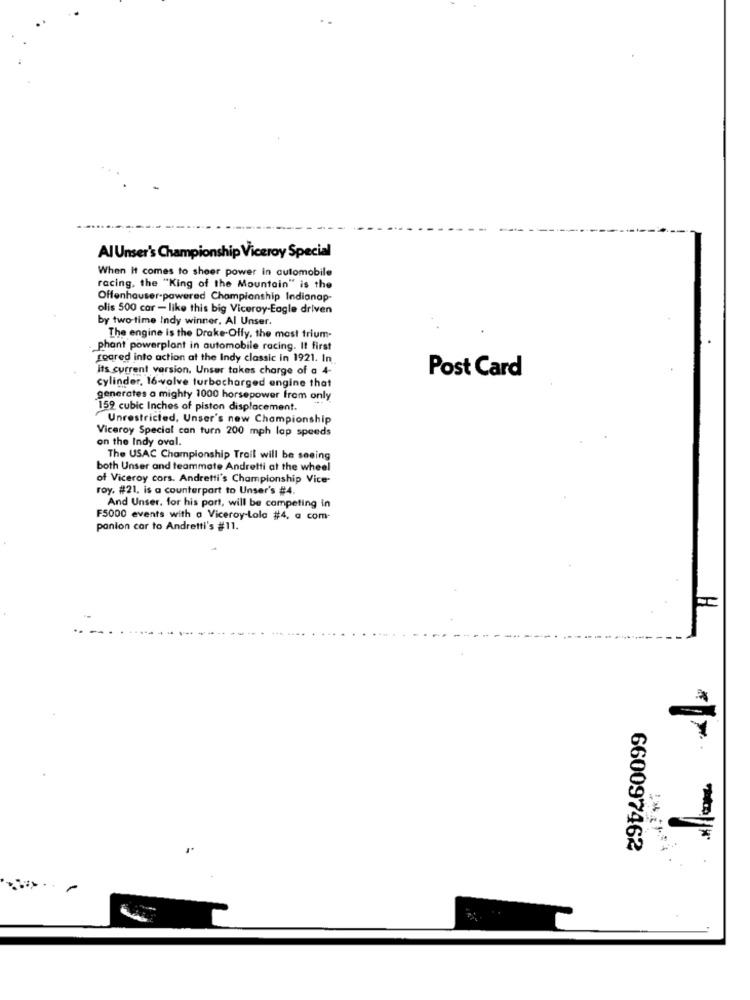
Al Unser's Championship Viceroy Special
When it comes to sheer power in automobile
racing, the "King of the Mountain" is the
Offenhauser-powered Championship Indianap
olis 500 car - like this big Viceroy-Eagle driven
by two-time Indy winner. Al Unser.
The engine is the Drake-Offy, the most trium-
phant powerplant in automobile racing. It first
soared into action at the Indy classic in 1921. In
its current version. Unser takes charge of a 4-
Post Card
cylinder, 16-valve turbocharged engine that
generates a mighty 1000 horsepower from only
159 cubic Inches of piston displacement.
Unrestricted, Unser's new Championship
Viceroy Special can turn 200 mph lap speeds
on the Indy oval.
The USAC Championship Trail will be seeing
both Unser and teammate Andretti at the wheel
of Viceroy cors. Andretti's Championship Vice-
roy. #21, is a counterpart to Unser's #4.
And Unser. for his port, will be competing in
F5000 events with a Viceroy-Lola #4, a com-
panion cor to Andretti's #11.
660097462